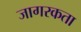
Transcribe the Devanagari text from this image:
जागरकता